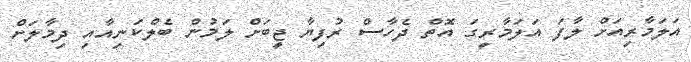
އަލަމާރިއަށް ލާާފަ އަލަމާރީގަ އޮތް ދެހާސް ރުފިޔާ ޖީބަށް ލަމުން ބެލްކަނިއާއި ދިމާލަށް